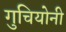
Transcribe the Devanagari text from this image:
गुचियोनी